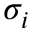
\sigma _ { i }